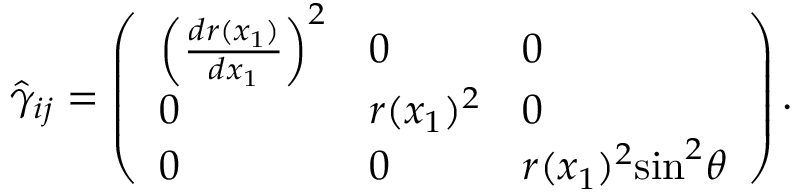
\hat { \gamma } _ { i j } = \left( \begin{array} { l l l } { \left( \frac { d r ( x _ { 1 } ) } { d x _ { 1 } } \right) ^ { 2 } } & { 0 } & { 0 } \\ { 0 } & { r ( x _ { 1 } ) ^ { 2 } } & { 0 } \\ { 0 } & { 0 } & { r ( x _ { 1 } ) ^ { 2 } \mathrm { s i n } ^ { 2 } \theta } \end{array} \right) .